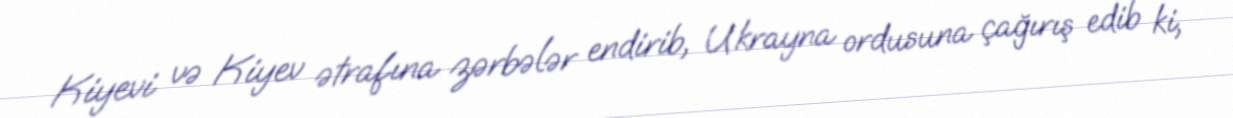
Kiyevi və Kiyev ətrafına zərbələr endirib, Ukrayna ordusuna çağırış edib ki,